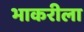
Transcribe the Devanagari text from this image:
भाकरीला